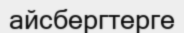
айсбергтерге